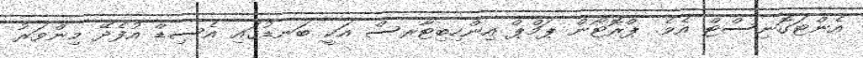
އެންޓަގޮނިސްޓް އެވެ. ޕްރޮޓޯން ޕަމްޕް އިންހިބިޓާރސް އަކީ ބަނޑުގައި އެސިޑް އުފެދޭ މިންވަރު